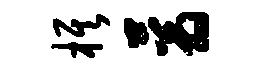
旗蓊